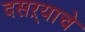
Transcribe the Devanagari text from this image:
दसऱ्याचे